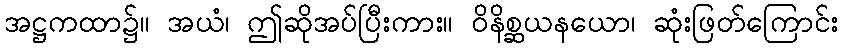
အဋ္ဌကထာ၌။ အယံ၊ ဤဆိုအပ်ပြီးကား။ ဝိနိစ္ဆယနယော၊ ဆုံးဖြတ်ကြောင်း